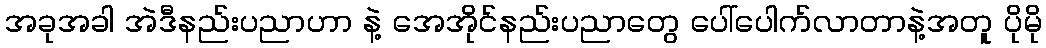
အခုအခါ အဲဒီနည်းပညာဟာ နဲ့ အေအိုင်နည်းပညာတွေ ပေါ်ပေါက်လာတာနဲ့အတူ ပိုမို